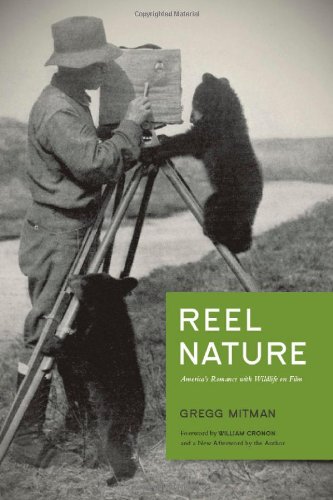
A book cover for Reel Nature: America's Romance with Wildlife on Film (Weyerhaeuser Environmental  Classics); Gregg Mitman; Arts & Photography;